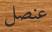
عنصل